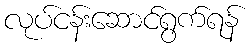
လုပ်ငန်းဆောင်ရွက်ရန်